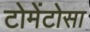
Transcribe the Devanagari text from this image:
टोमेंटोसा